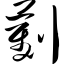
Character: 劐